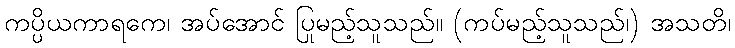
ကပ္ပိယကာရကေ၊ အပ်အောင် ပြုမည့်သူသည်။ (ကပ်မည့်သူသည်၊) အသတိ၊